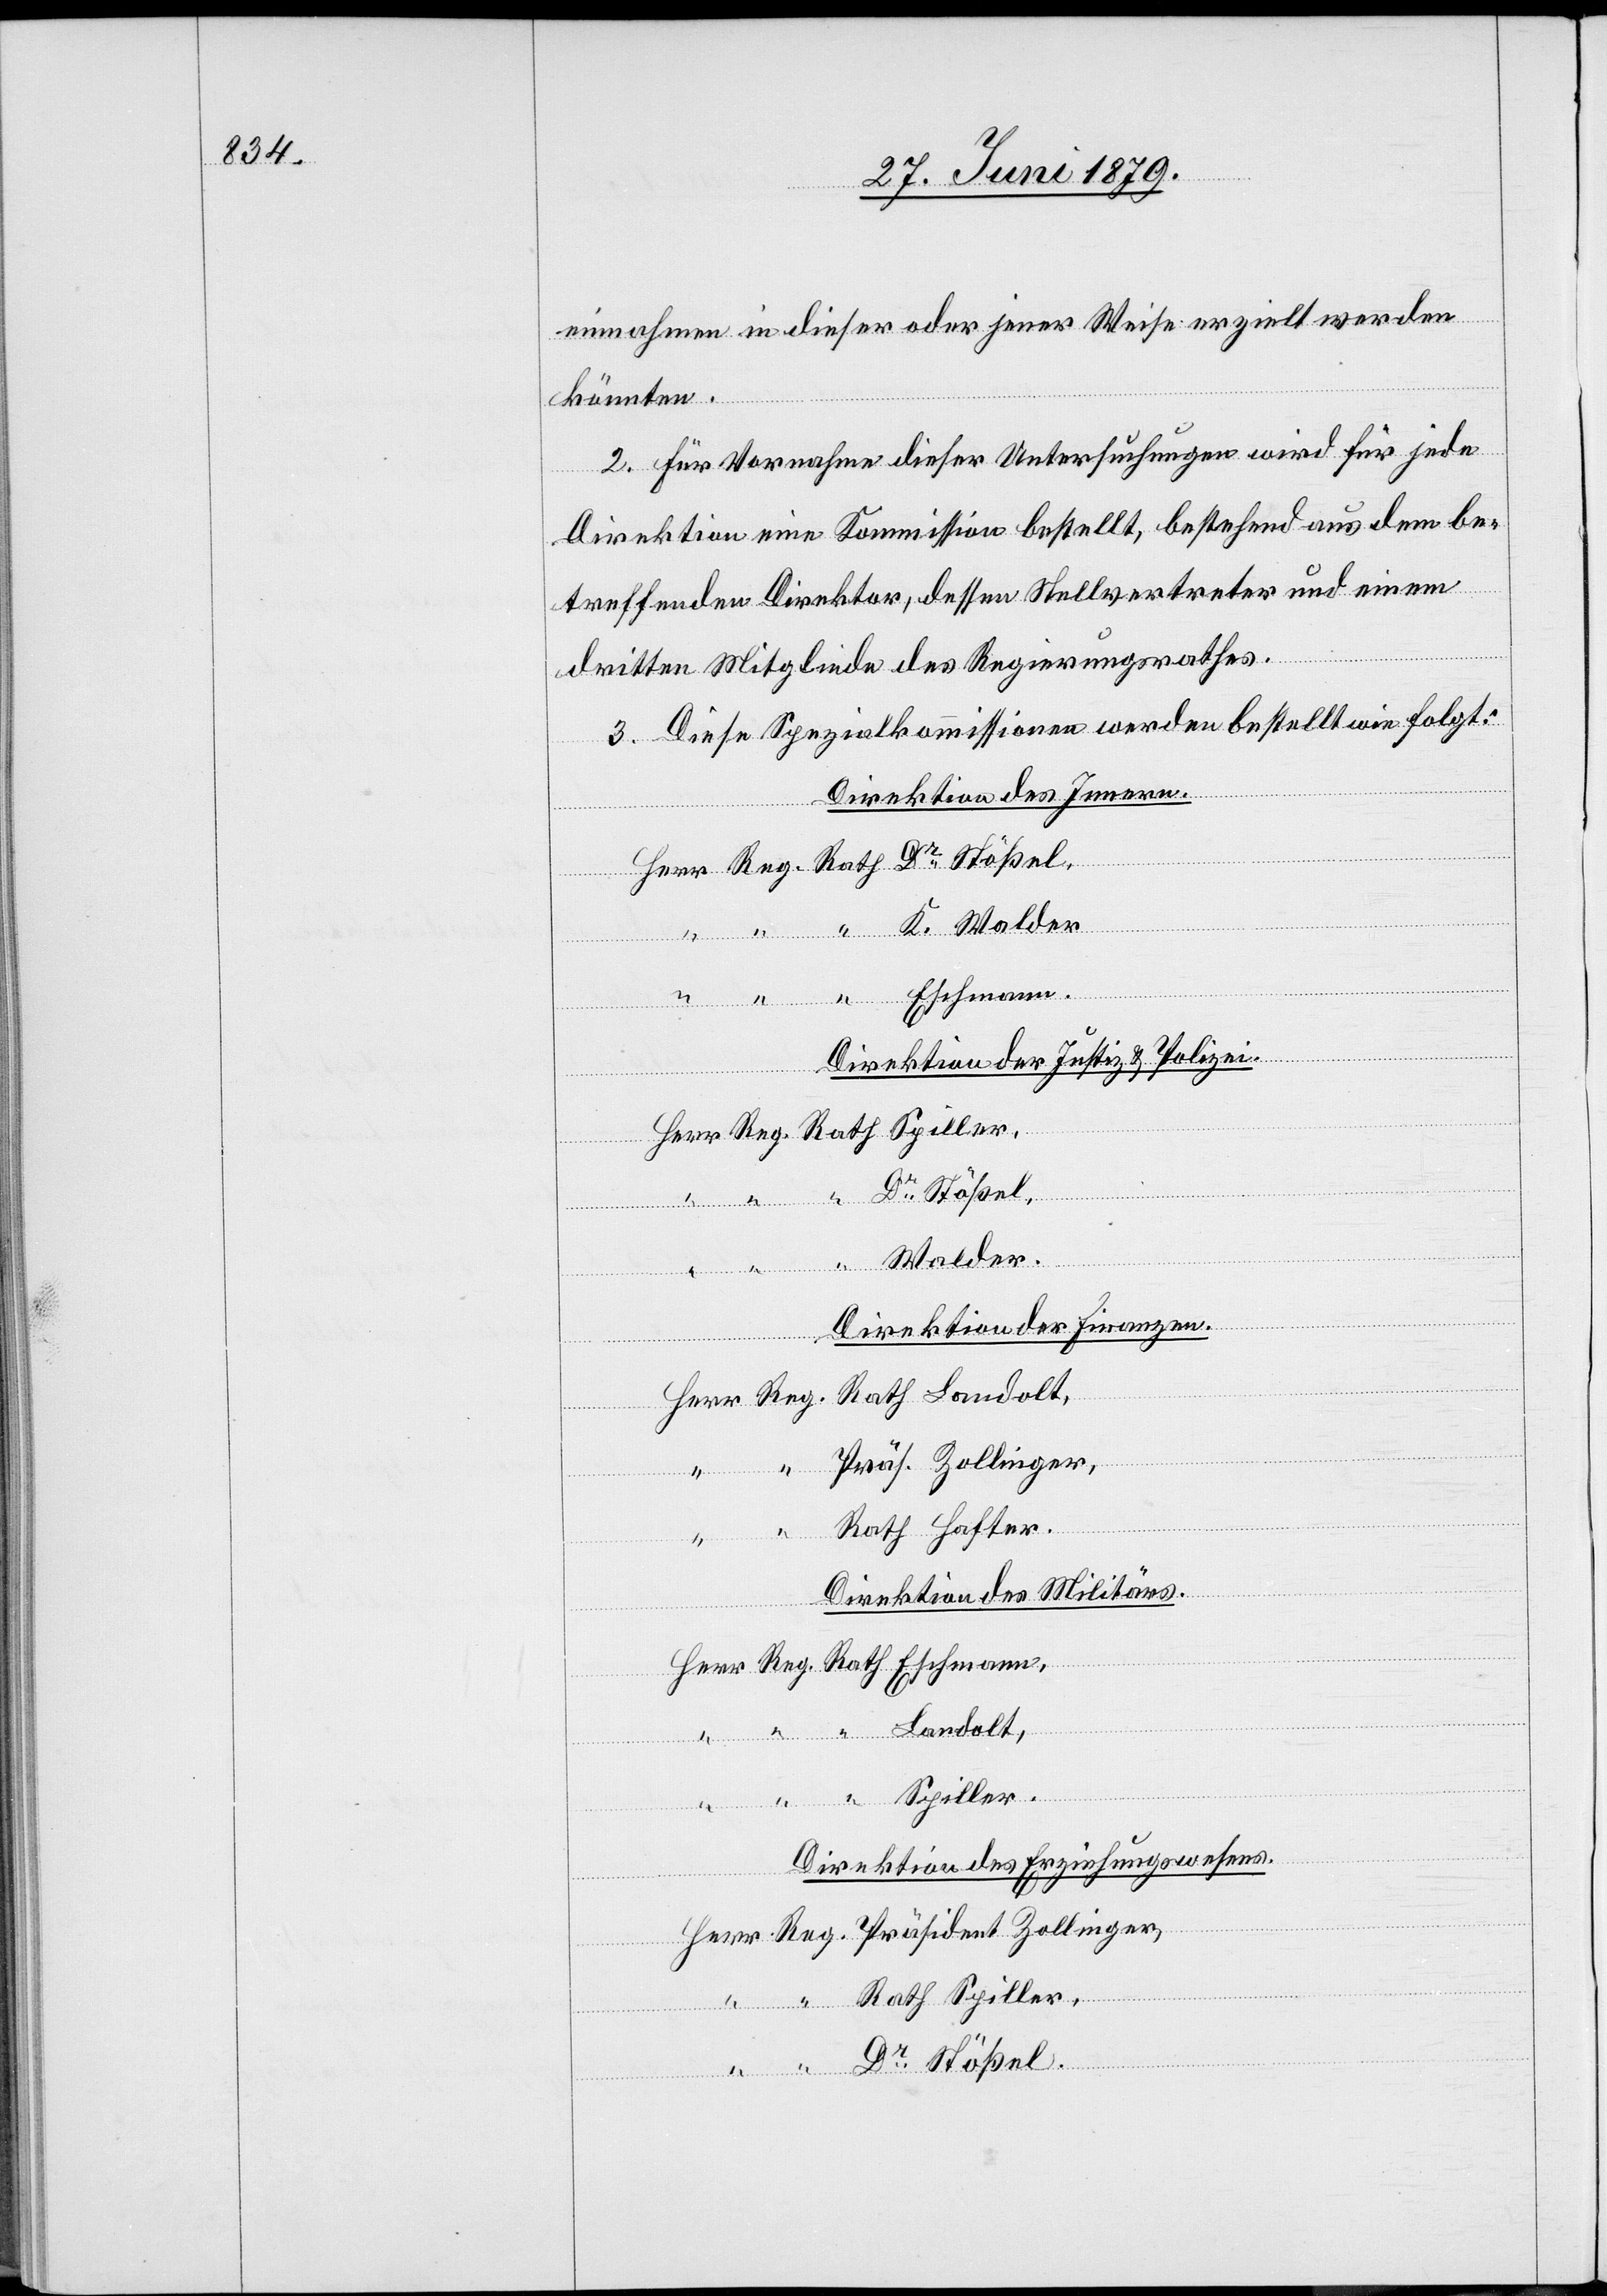
einnahmen in dieser oder jener Weise erzielt werden
könnten.
2. Für Vornahme dieser Untersuchungen wird für jede
Direktion eine Kommission bestellt, bestehend aus dem be¬
treffenden Direktor, dessen Stellvertreter und einem
dritten Mitgliede des Regierungsrathes.
3. Diese Spezialkommissionen werden bestellt wie folgt:
Direktion des Innern.
Herr Reg. Rath Dr Stößel,
“ “ “ K. Walder
“ Eschmann.
Direktion der Justiz & Polizei.
Herr Reg. Rath Spiller,
“ “ “ Dr Stößel,
“ “ “ Walder.
Direktion der Finanzen.
Rath Landolt,
Herr Reg.
Präs. Zollinger,
“ “
Rath Hafter.
Direktion des Militärs.
“
Herr Reg. Rath Eschmann,
“ “ Landolt,
“ “ “ Spiller.
Direktion des Erziehungswesens.
Herr Reg. Präsident Zollinger,
“ “ Rath Spiller,
“ “ Dr Stößel.